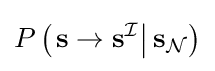
P\left(\left.\mathbf {s} \rightarrow \mathbf {s} ^{\mathcal {I}}\right|\mathbf {s} _{\mathcal {N}}\right)